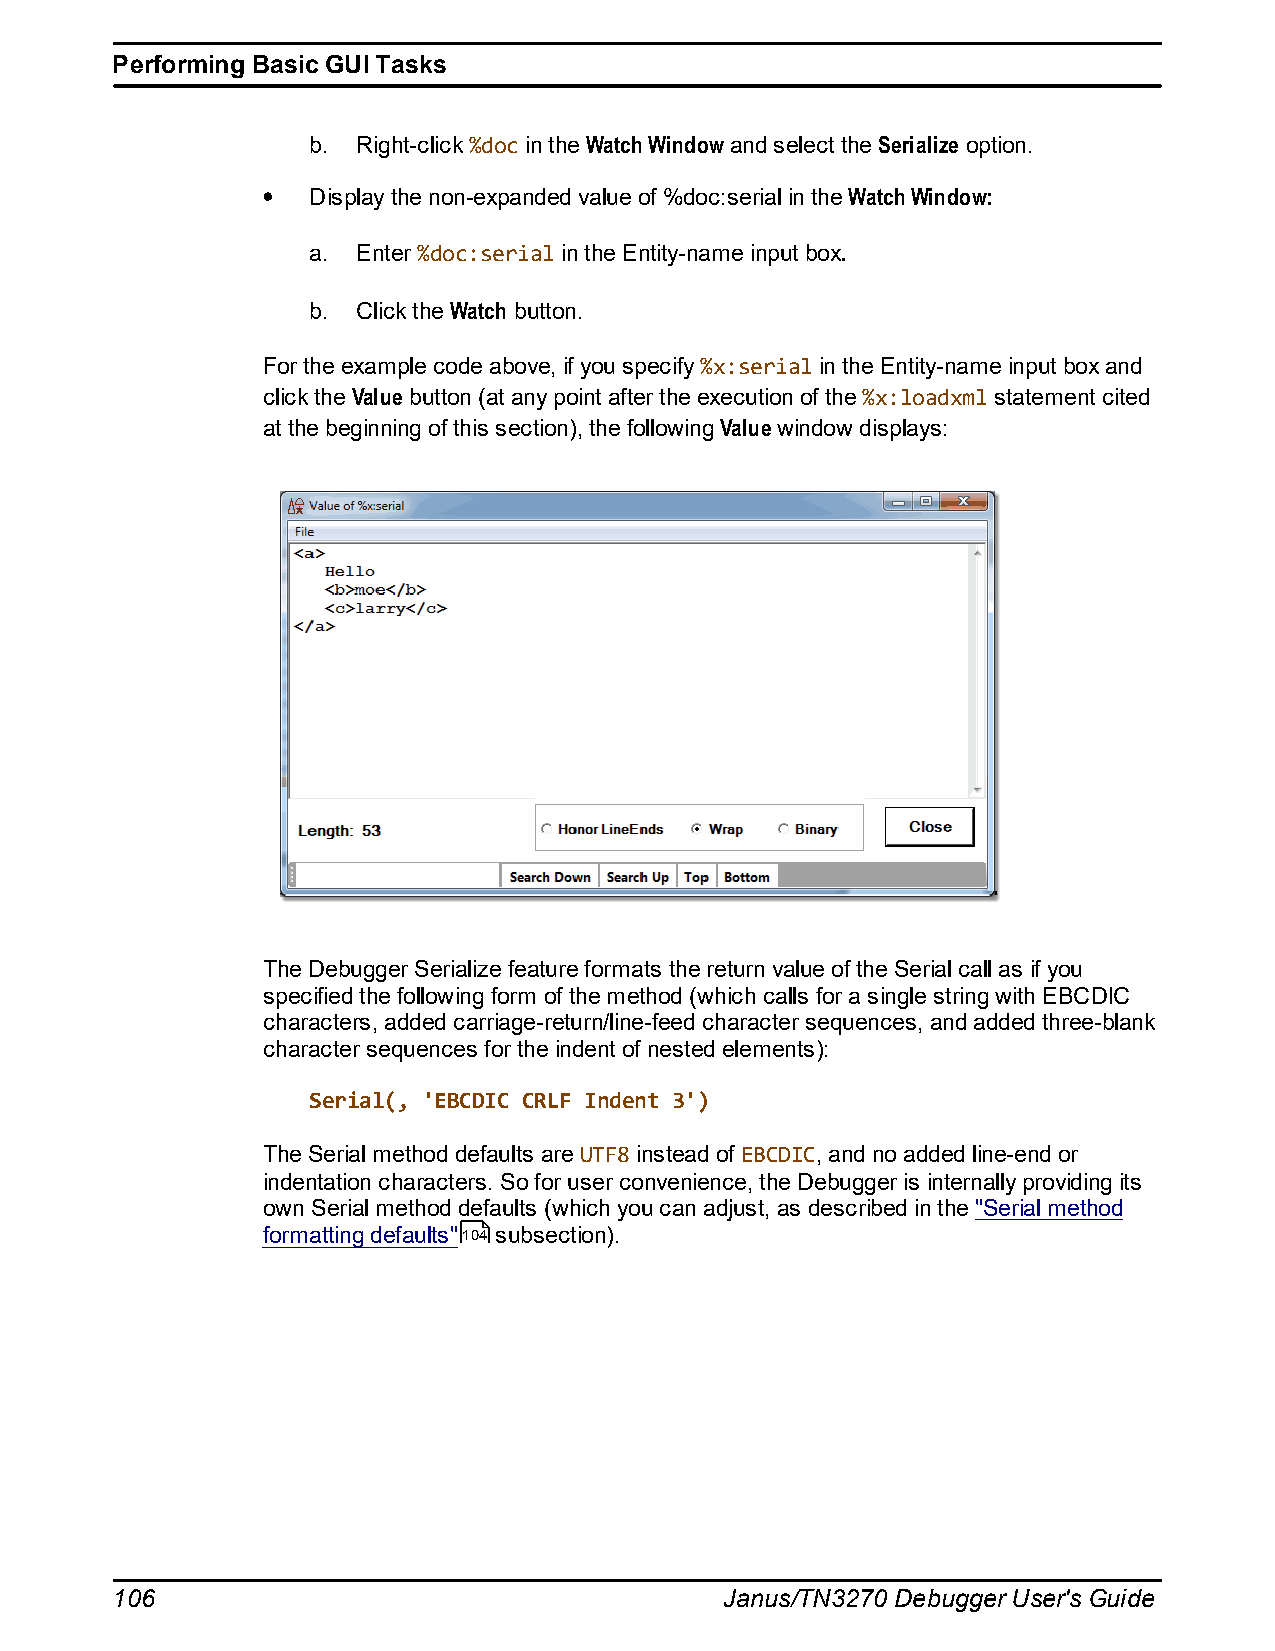
Performing Basic GUI Tasks
 b.  Right-click %doc in the Watch Window and select the Serialize option.
 Display the non-expanded value of %doc:serial in the Watch Window:
 a.  Enter %doc:serial in the Entity-name input box.
 b.  Click the Watch button.
 For the example code above, if you specify %x:serial in the Entity-name input box and
 click the Value button (at any point after the execution of the %x:loadxml statement cited
 at the beginning of this section), the following Value window displays:
 The Debugger Serialize feature formats the return value of the Serial call as if you
 specified the following form of the method (which calls for a single string with EBCDIC
 characters, added carriage-return/line-feed character sequences, and added three-blank
 character sequences for the indent of nested elements):
 Serial(, 'EBCDIC CRLF Indent 3')
 The Serial method defaults are UTF8 instead of EBCDIC, and no added line-end or
 indentation characters. So for user convenience, the Debugger is internally providing its
 own Serial method defaults (which you can adjust, as described in the "Serial method
 formatting defaults"104 subsection).
 106                                      Janus/TN3270 Debugger User's Guide